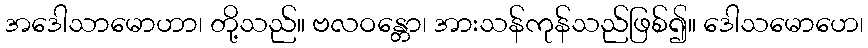
အဒေါသာမောဟာ၊ တို့သည်။ ဗလဝန္တော၊ အားသန်ကုန်သည်ဖြစ်၍။ ဒေါသမောဟေ၊